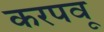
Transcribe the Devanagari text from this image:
करपवू